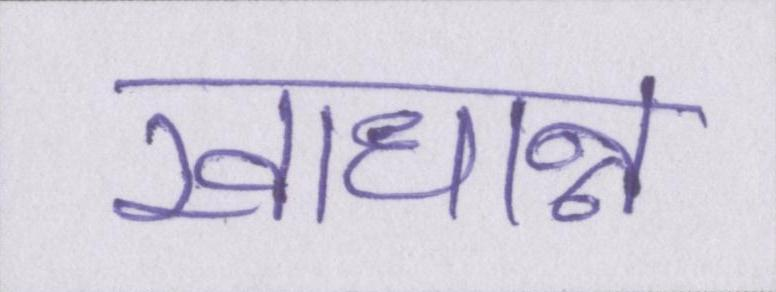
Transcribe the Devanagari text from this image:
खाधान्न